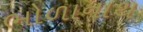
ભોળાનાથ